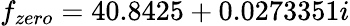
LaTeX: f_{zero}=40.8425+0.0273351i